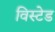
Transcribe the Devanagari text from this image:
विस्टेड